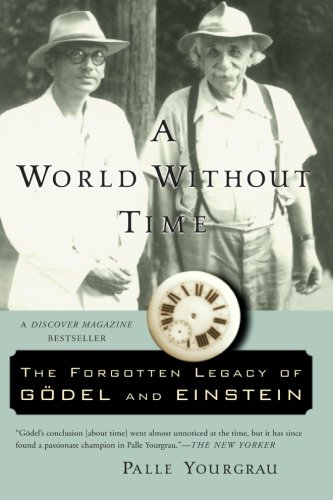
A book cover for A World Without Time: The Forgotten Legacy of Godel and Einstein; Palle Yourgrau; Science & Math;